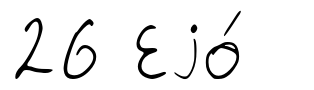
26 Еjо́